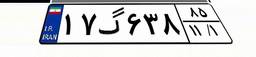
۱۷گ۶۳۸۸۵